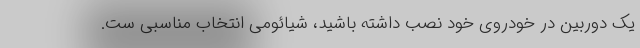
یک دوربین در خودروی خود نصب داشته باشید، شیائومی انتخاب مناسبی ست.